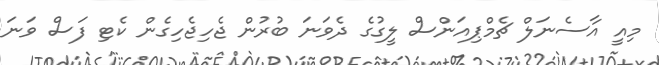
މިއީ އާސެނަލް ޗެމްޕިއަންސް ލީގުގެ ދެވަނަ ބުރުން ޖެހިޖެހިގެން ކެޓި ފަސް ވަނަ